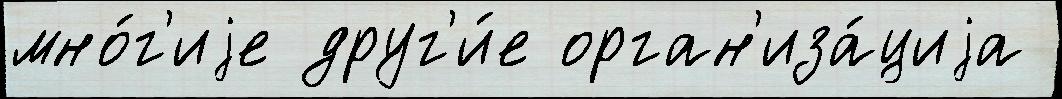
мно́г'иjе друг'и́е орган'иза́циjа